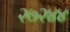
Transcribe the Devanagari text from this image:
२७२४४